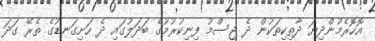
އޮހޮރެމުންދިޔަ ދާތިކިތަކުން ދެ ޖިސްމު ފިނިކުރުމުގެ ބަދަލުގައި ދެ ހަށިގަނޑުގެ ތެރޭ ގަދަ